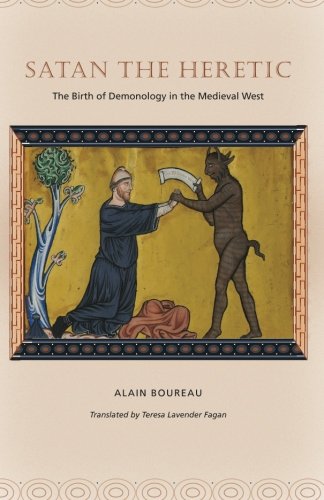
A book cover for Satan the Heretic: The Birth of Demonology in the Medieval West; Alain Boureau; Religion & Spirituality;